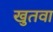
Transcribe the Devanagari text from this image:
खुतवा